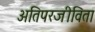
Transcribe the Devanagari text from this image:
अतिपरजीविता